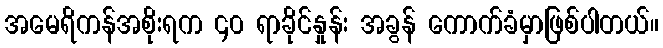
အမေရိကန်အစိုးရက ၄၀ ရာခိုင်နှုန်း အခွန် ကောက်ခံမှာဖြစ်ပါတယ်။